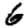
Digit: 6